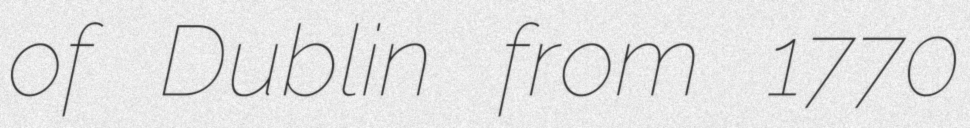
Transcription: of Dublin from 1770